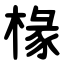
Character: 椽